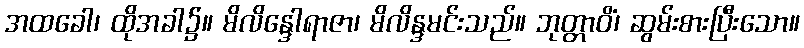
အထခေါ၊ ထိုအခါ၌။ မိလိန္ဒေါရာဇာ၊ မိလိန္ဒမင်းသည်။ ဘုတ္တာဝိံ၊ ဆွမ်းစားပြီးသော။